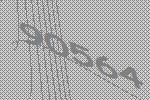
90564